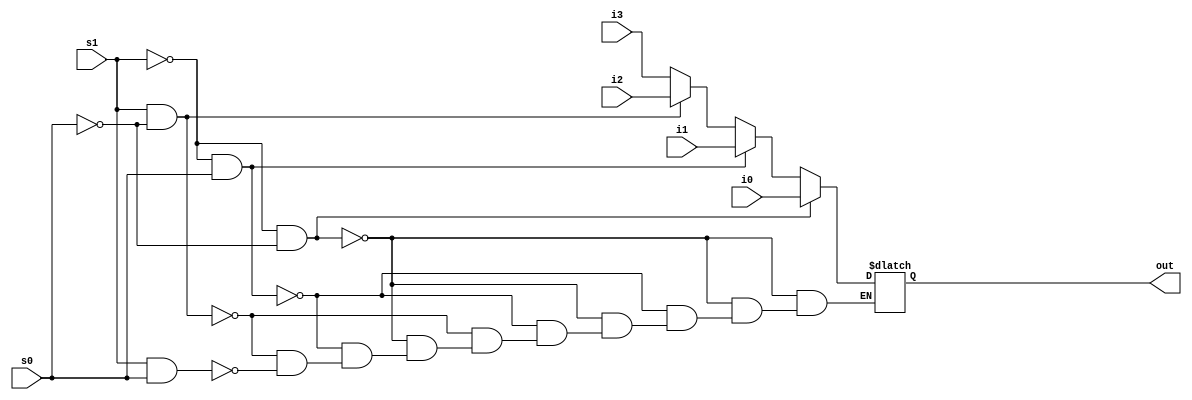
module MUX_4X1_3 ( out, i0, i1, i2, i3, s1, s0 );

	output out;
	reg out;
	input i0, i1, i2, i3;
	input s1, s0;
	
	always 
		begin
			if ( s1 == 0 && s0 == 0 )
				begin out = i0; end
			else if ( s1 == 0 && s0 == 1 ) 
				begin out = i1; end
			else if ( s1 == 1 && s0 == 0 )
				begin out = i2; end
			else if ( s1 == 1 && s0 == 1 )
				begin out = i3; end
		end
		
endmodule